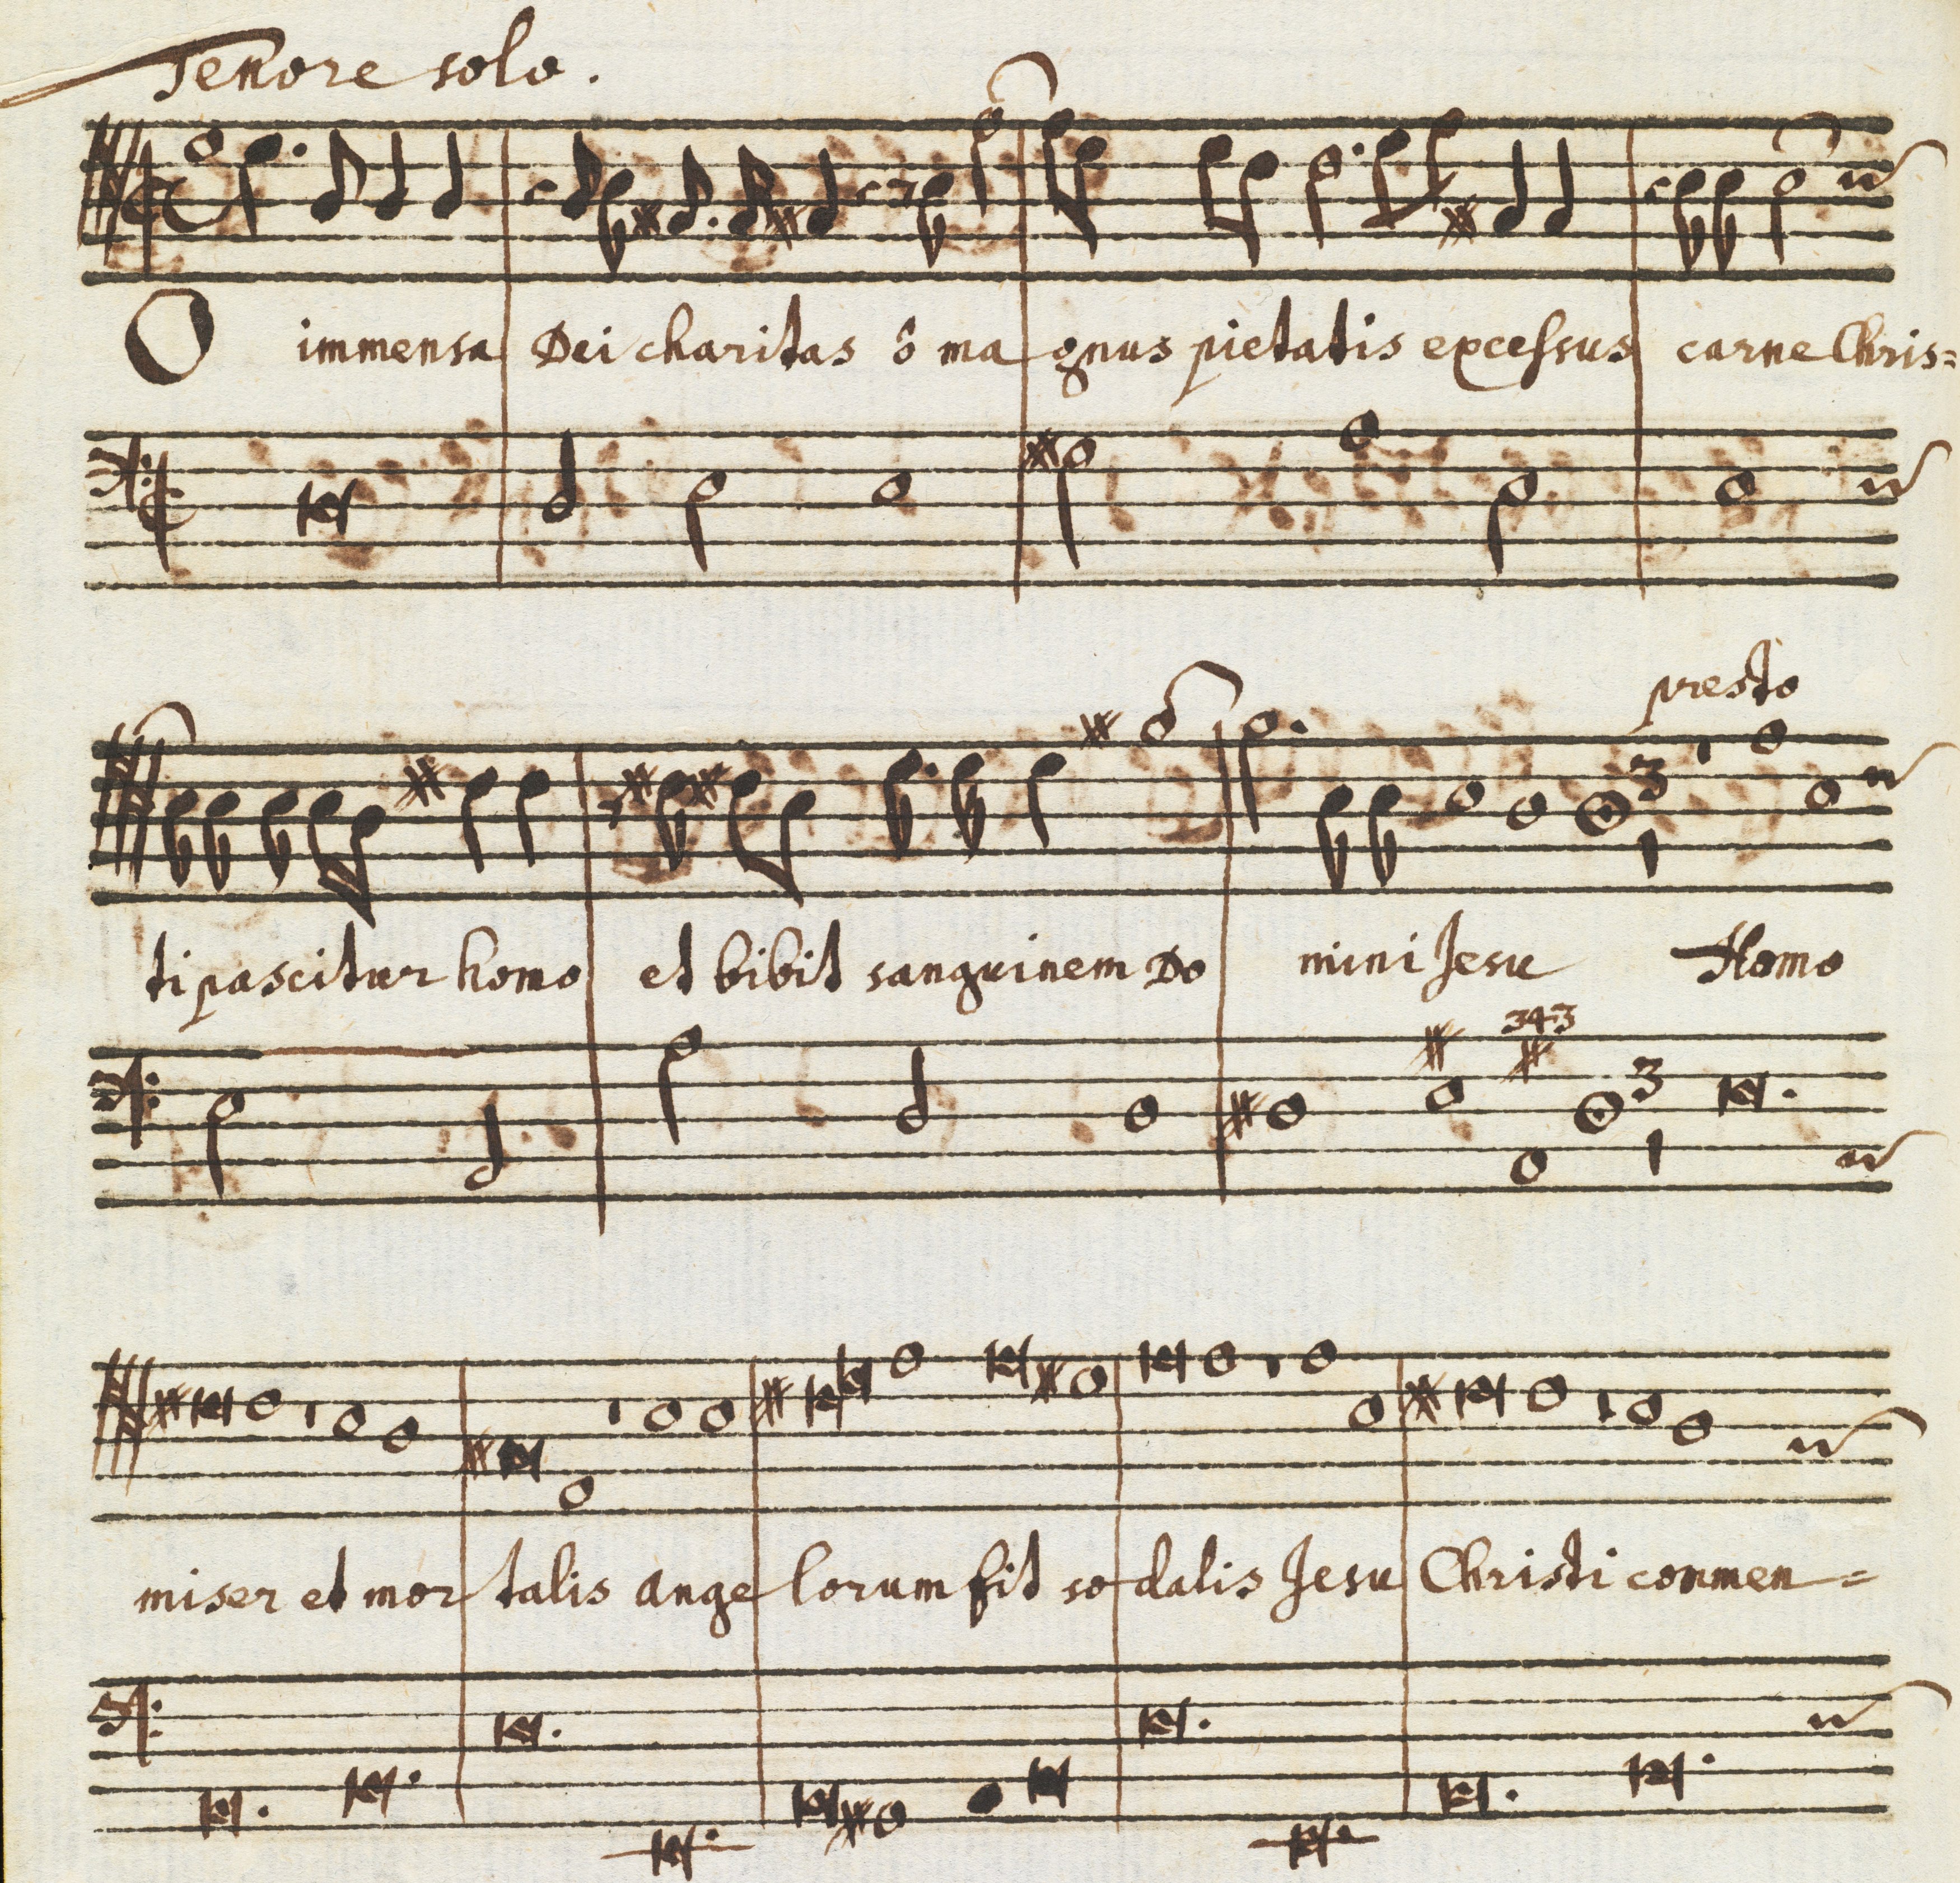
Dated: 1650–1699